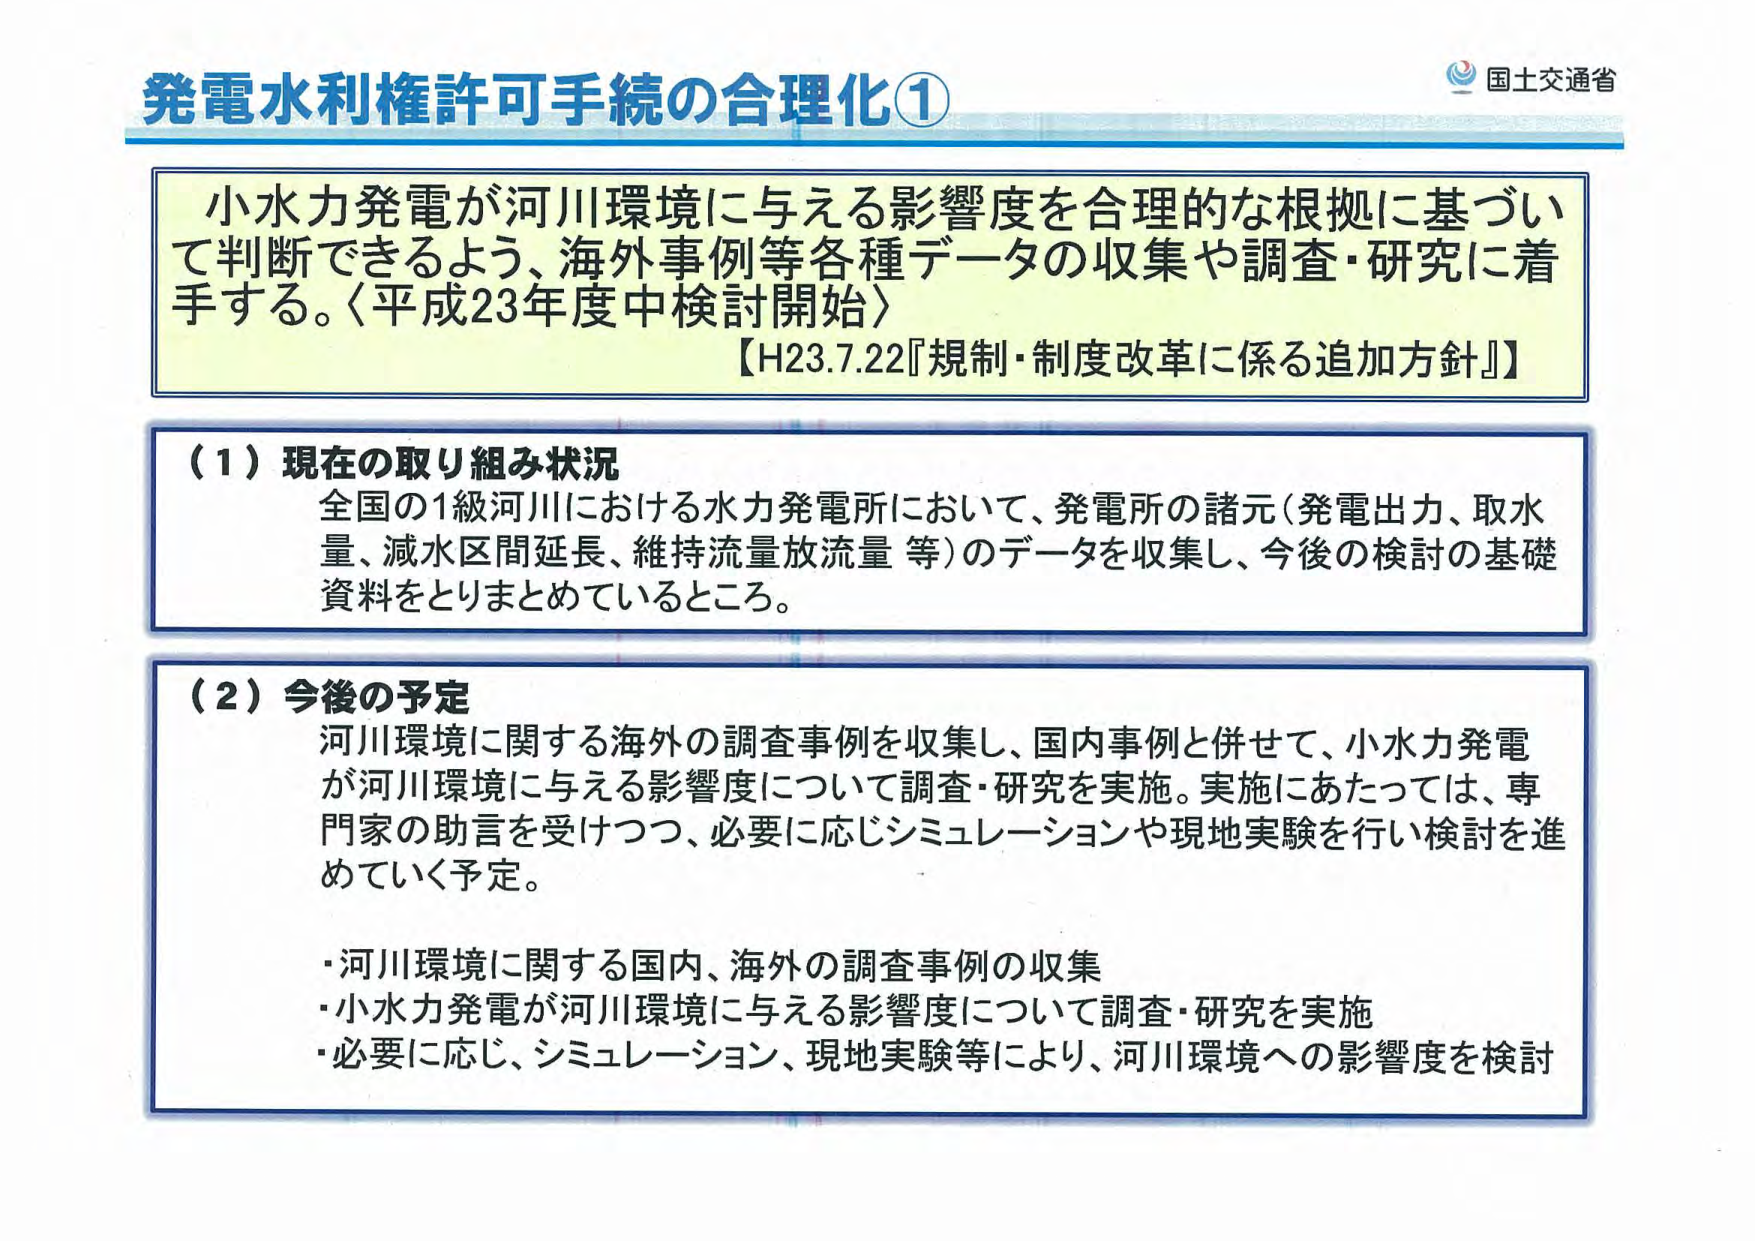
発電水利権許可手続の合理化①

小水力発電が河川環境に与える影響度を合理的な根拠に基づいて判断できるよう、海外事例等各種データの収集や調査・研究に着手する。〈平成23年度中検討開始〉
【H23.7.22『規制・制度改革に係る追加方針』】

（1）現在の取り組み状況
全国の1級河川における水力発電所において、発電所の諸元（発電出力、取水量、減水区間延長、維持流量放流量等）のデータを収集し、今後の検討の基礎資料をとりまとめているところ。

（2）今後の予定
河川環境に関する海外の調査事例を収集し、国内事例と併せて、小水力発電が河川環境に与える影響度について調査・研究を実施。実施にあたっては、専門家の助言を受けつつ、必要に応じシミュレーションや現地実験を行い検討を進めていく予定。

・河川環境に関する国内、海外の調査事例の収集
・小水力発電が河川環境に与える影響度について調査・研究を実施
・必要に応じ、シミュレーション、現地実験等により、河川環境への影響度を検討

国土交通省